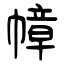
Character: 幛